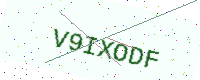
Text: V9IXODF